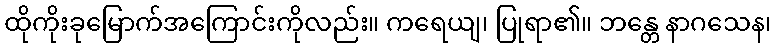
ထိုကိုးခုမြောက်အကြောင်းကိုလည်း။ ကရေယျ၊ ပြုရာ၏။ ဘန္တေ နာဂသေန၊